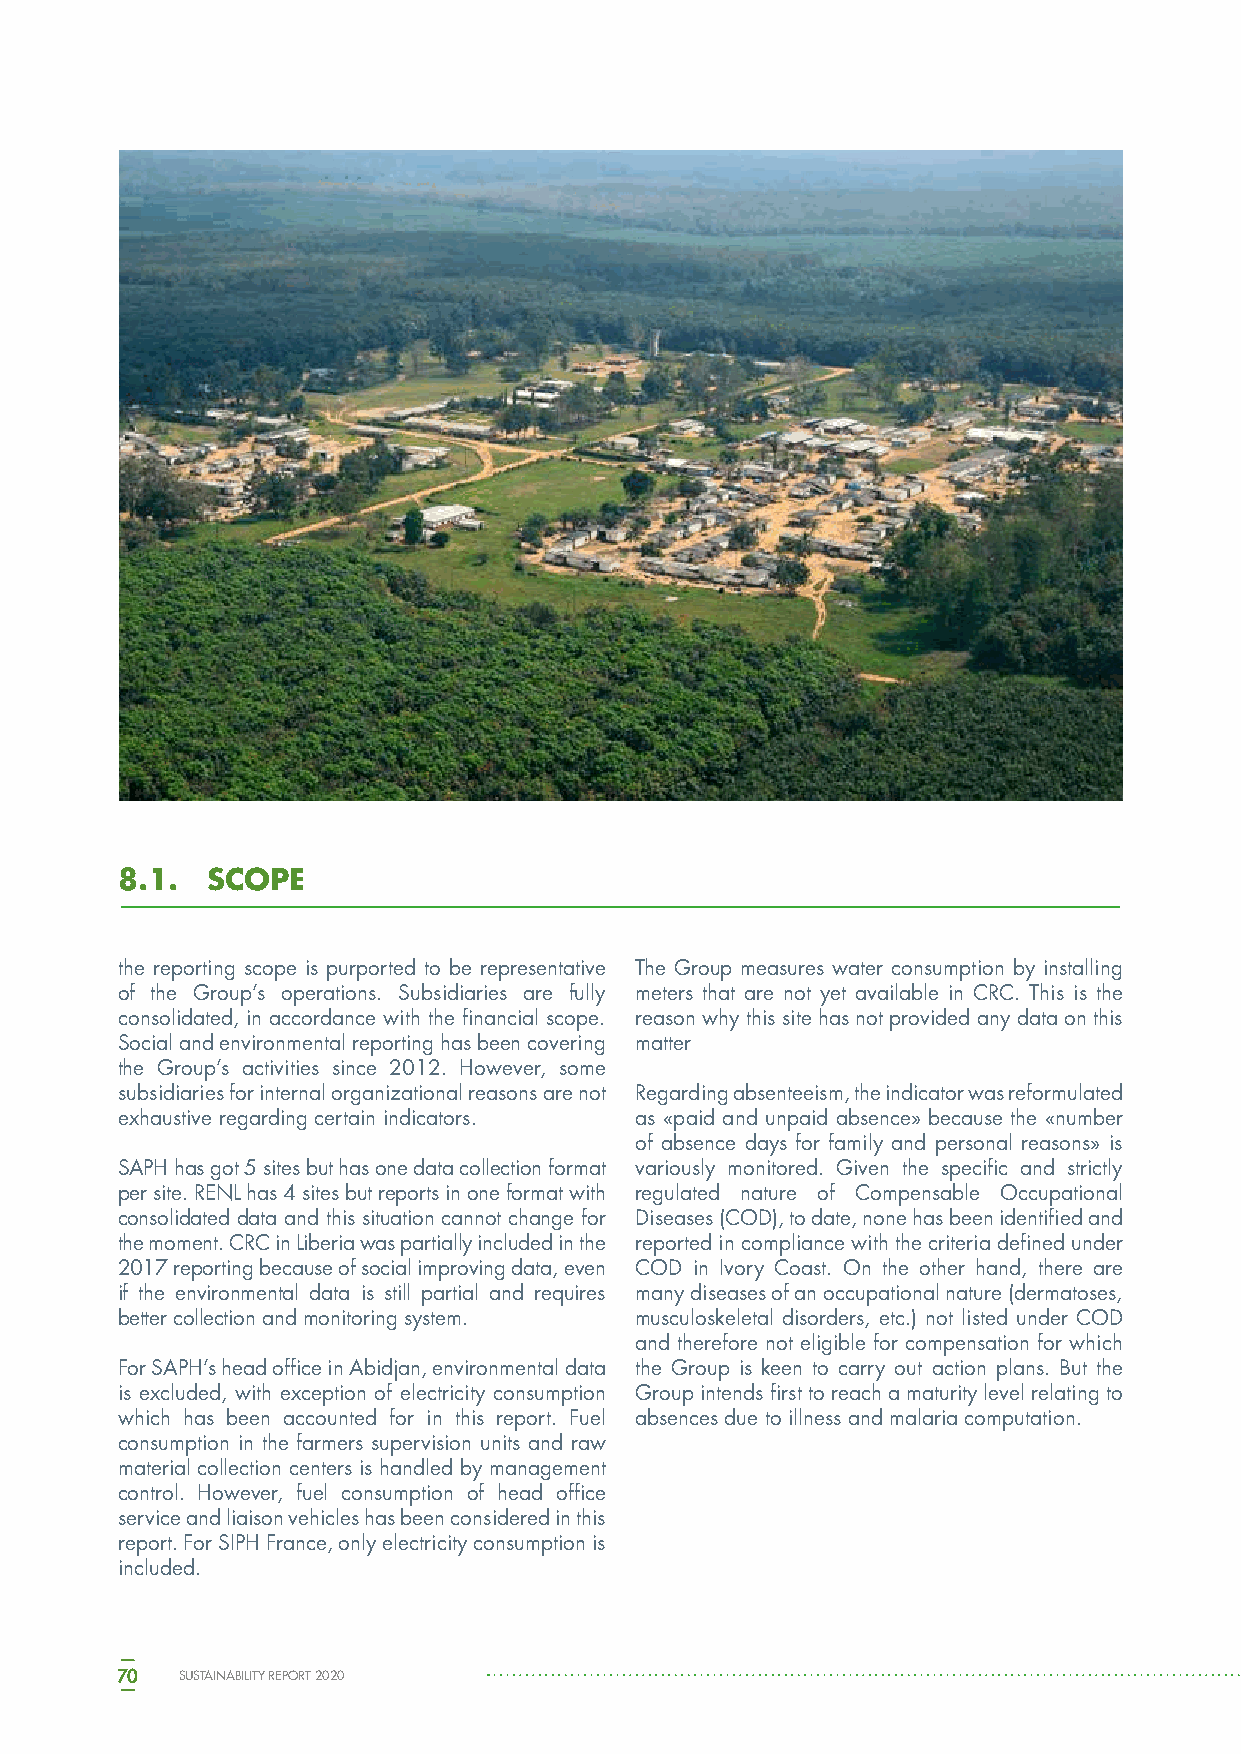
8.1.  SCOPE
 the reporting scope is purported to be representative The Group measures water consumption by installing
 of the Group’s operations. Subsidiaries are fully meters that are not yet available in CRC. This is the
 consolidated, in accordance with the financial scope. reason why this site has not provided any data on this
 Social and environmental reporting has been covering matter
 the Group’s activities since 2012. However, some
 subsidiaries for internal organizational reasons are not Regarding absenteeism, the indicator was reformulated
 exhaustive regarding certain indicators. as «paid and unpaid absence» because the «number
 of absence days for family and personal reasons» is
 SAPH has got 5 sites but has one data collection format variously monitored. Given the specific and strictly
 per site. RENL has 4 sites but reports in one format with regulated nature of Compensable Occupational
 consolidated data and this situation cannot change for Diseases (COD), to date, none has been identified and
 the moment. CRC in Liberia was partially included in the reported in compliance with the criteria defined under
 2017 reporting because of social improving data, even COD in Ivory Coast. On the other hand, there are
 if the environmental data is still partial and requires many diseases of an occupational nature (dermatoses,
 better collection and monitoring system. musculoskeletal disorders, etc.) not listed under COD
 and therefore not eligible for compensation for which
 For SAPH’s head office in Abidjan, environmental data the Group is keen to carry out action plans. But the
 is excluded, with exception of electricity consumption Group intends first to reach a maturity level relating to
 which has been accounted for in this report. Fuel absences due to illness and malaria computation.
 consumption in the farmers supervision units and raw
 material collection centers is handled by management
 control. However, fuel consumption of head office
 service and liaison vehicles has been considered in this
 report. For SIPH France, only electricity consumption is
 included.
 70  SUSTAINABILITY REPORT 2020